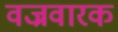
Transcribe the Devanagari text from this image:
वज्रवारक